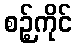
စဉ့်ကိုင်